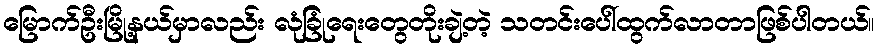
မြောက်ဦးမြို့နယ်မှာလည်း လုံခြုံရေးတွေတိုးချဲ့တဲ့ သတင်းပေါ်ထွက်လာတာဖြစ်ပါတယ်။